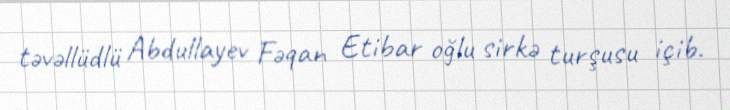
təvəllüdlü Abdullayev Fəqan Etibar oğlu sirkə turşusu içib.